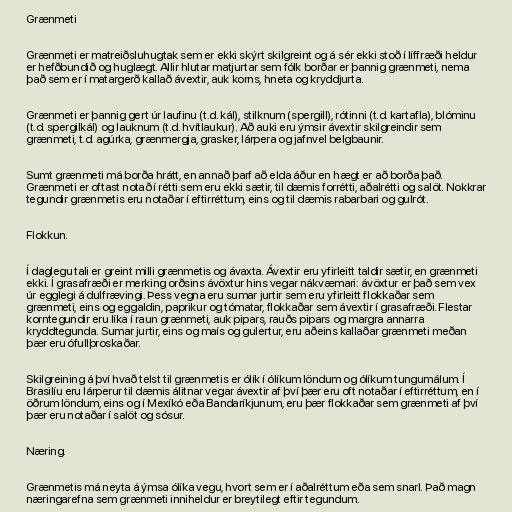
Grænmeti

Grænmeti er matreiðsluhugtak sem er ekki skýrt skilgreint og á sér ekki stoð í líffræði heldur
er hefðbundið og huglægt. Allir hlutar matjurtar sem fólk borðar er þannig grænmeti, nema
það sem er í matargerð kallað ávextir, auk korns, hneta og kryddjurta.

Grænmeti er þannig gert úr laufinu (t.d. kál), stilknum (spergill), rótinni (t.d. kartafla), blóminu
(t.d. spergilkál) og lauknum (t.d. hvítlaukur). Að auki eru ýmsir ávextir skilgreindir sem
grænmeti, t.d. agúrka, grænmergja, grasker, lárpera og jafnvel belgbaunir.

Sumt grænmeti má borða hrátt, en annað þarf að elda áður en hægt er að borða það.
Grænmeti er oftast notað í rétti sem eru ekki sætir, til dæmis forrétti, aðalrétti og salöt. Nokkrar
tegundir grænmetis eru notaðar í eftirréttum, eins og til dæmis rabarbari og gulrót.

Flokkun.

Í daglegu tali er greint milli grænmetis og ávaxta. Ávextir eru yfirleitt taldir sætir, en grænmeti
ekki. Í grasafræði er merking orðsins ávöxtur hins vegar nákvæmari: ávöxtur er það sem vex
úr egglegi á dulfrævingi. Þess vegna eru sumar jurtir sem eru yfirleitt flokkaðar sem
grænmeti, eins og eggaldin, paprikur og tómatar, flokkaðar sem ávextir í grasafræði. Flestar
korntegundir eru líka í raun grænmeti, auk pipars, rauðs pipars og margra annarra
kryddtegunda. Sumar jurtir, eins og maís og gulertur, eru aðeins kallaðar grænmeti meðan
þær eru ófullþroskaðar.

Skilgreining á því hvað telst til grænmetis er ólík í ólíkum löndum og ólíkum tungumálum. Í
Brasilíu eru lárperur til dæmis álitnar vegar ávextir af því þær eru oft notaðar í eftirréttum, en í
öðrum löndum, eins og í Mexíkó eða Bandaríkjunum, eru þær flokkaðar sem grænmeti af því
þær eru notaðar í salöt og sósur.

Næring.

Grænmetis má neyta á ýmsa ólíka vegu, hvort sem er í aðalréttum eða sem snarl. Það magn
næringarefna sem grænmeti inniheldur er breytilegt eftir tegundum.